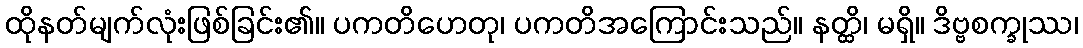
ထိုနတ်မျက်လုံးဖြစ်ခြင်း၏။ ပကတိဟေတု၊ ပကတိအကြောင်းသည်။ နတ္ထိ၊ မရှိ။ ဒိဗ္ဗစက္ခုဿ၊